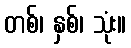
တစ်၊ နှစ်၊ သုံး။